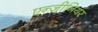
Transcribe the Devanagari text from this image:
एन्जीनियर